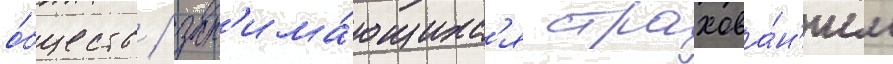
о́бществ / зан'има́ющихс'я страхова́н'ием